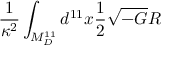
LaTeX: \frac { 1 } { \kappa ^ { 2 } } \int _ { M _ { D } ^ { 1 1 } } d ^ { 1 1 } x \frac { 1 } { 2 } \sqrt { - G } R